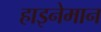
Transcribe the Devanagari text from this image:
हाइनेमान